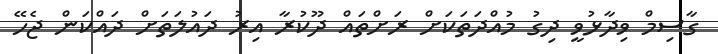
ގާސިމް ވިދާޅުވީ ދިގު މުއްދަތަކަށް ރަށްތައް ދޫކުރާ އިރު ދައުލަތަށް ދައްކަން ޖެހޭ